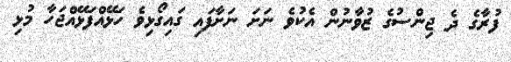
ފުރާގެ ދެ ޖިންސުގެ ޒުވާނުން އެކުވެ ނަށަ ނަށާފައި ގައިގޯޅިވެ ހަޅޭއްފަޅޭއްޖަހާ މުޅި